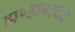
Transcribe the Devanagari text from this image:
झण्डाबरदार